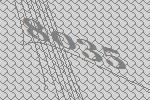
8035